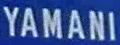
YAMANI